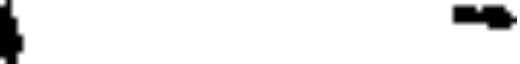
-